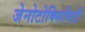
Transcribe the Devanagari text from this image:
जेनोटोक्सिसिटी